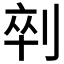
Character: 𱐟